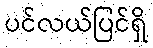
ပင်လယ်ပြင်ရှိ